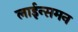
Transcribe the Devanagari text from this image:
लाईन्समन